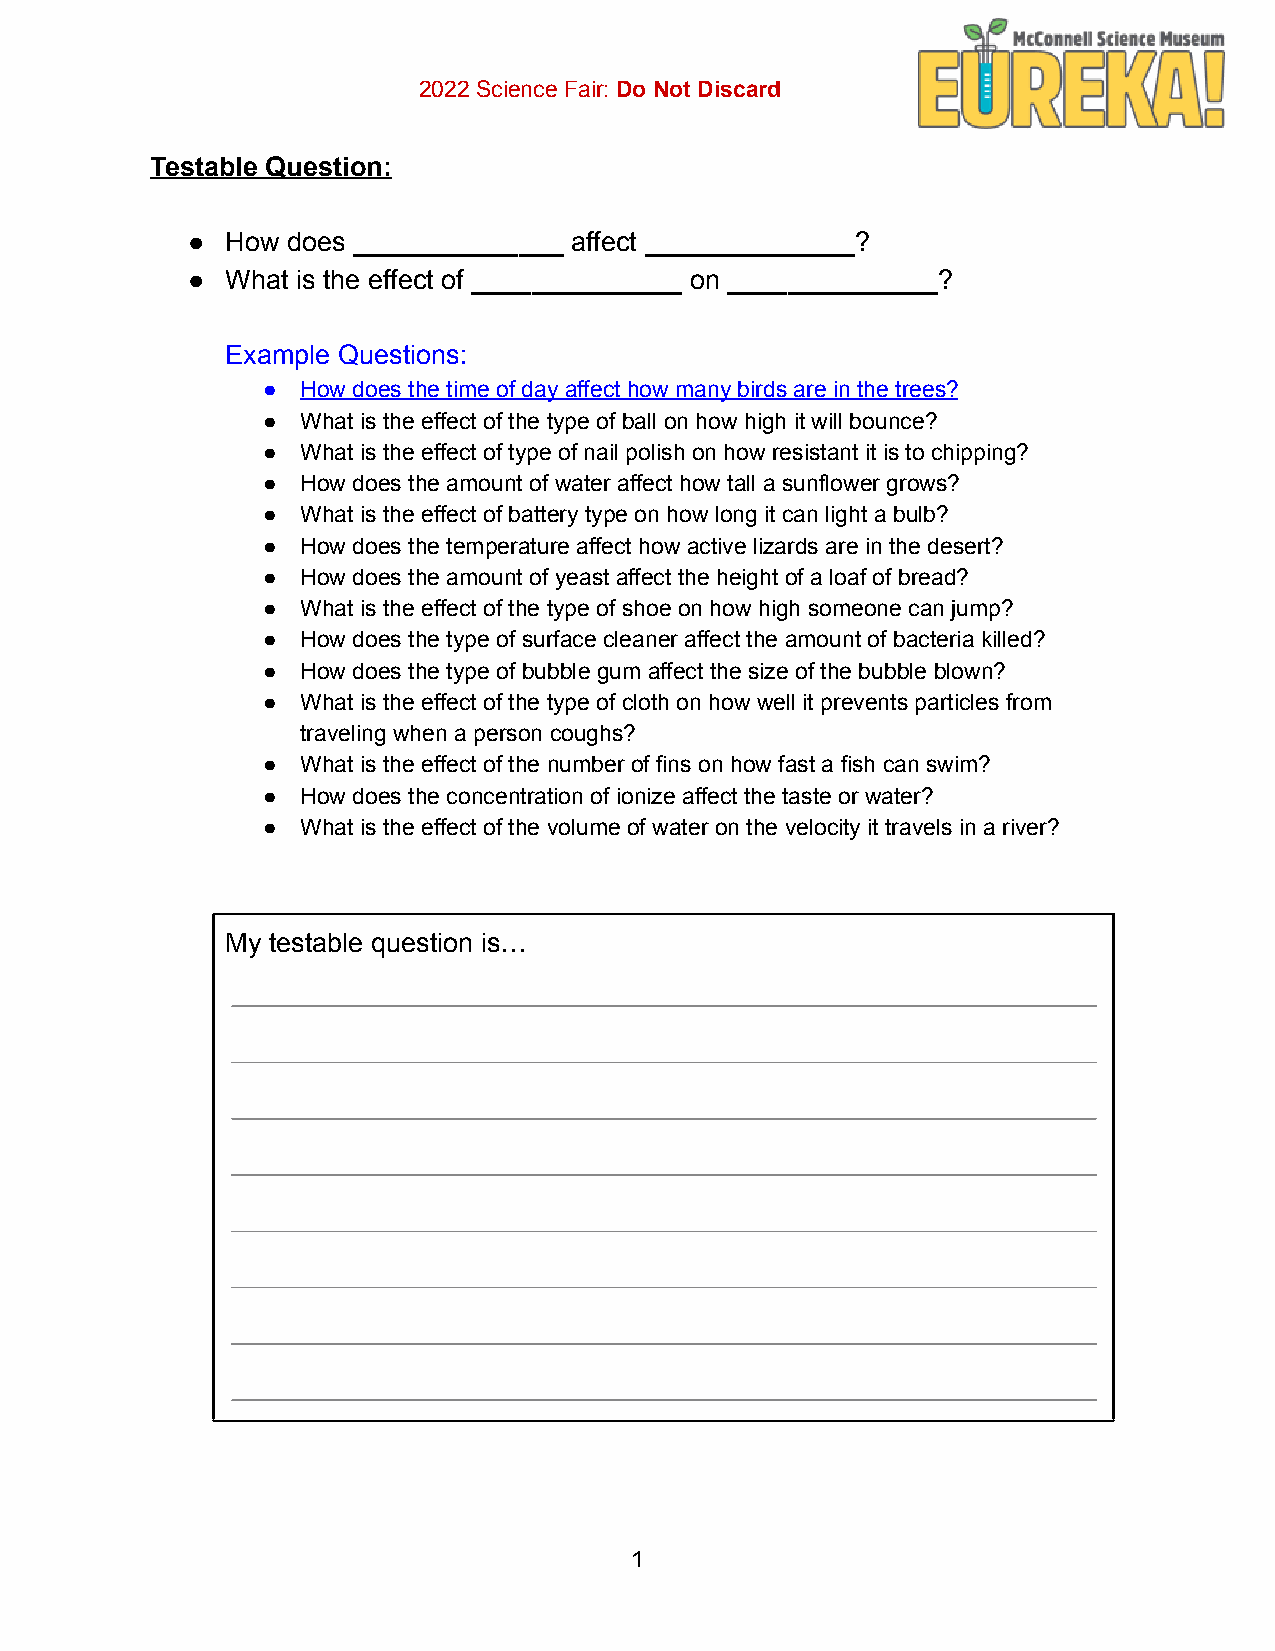
2022 Science Fair: Do Not Discard
 Testable Question:
 ●  How does ______________ affect ______________?
 ●  What is the effect of ______________ on ______________?
 Example Questions:
 ●  How does the time of day affect how many birds are in the trees?
 ●  What is the effect of the type of ball on how high it will bounce?
 ●  What is the effect of type of nail polish on how resistant it is to chipping?
 ●  How does the amount of water affect how tall a sunflower grows?
 ●  What is the effect of battery type on how long it can light a bulb?
 ●  How does the temperature affect how active lizards are in the desert?
 ●  How does the amount of yeast affect the height of a loaf of bread?
 ●  What is the effect of the type of shoe on how high someone can jump?
 ●  How does the type of surface cleaner affect the amount of bacteria killed?
 ●  How does the type of bubble gum affect the size of the bubble blown?
 ●  What is the effect of the type of cloth on how well it prevents particles from
 traveling when a person coughs?
 ●  What is the effect of the number of fins on how fast a fish can swim?
 ●  How does the concentration of ionize affect the taste or water?
 ●  What is the effect of the volume of water on the velocity it travels in a river?
 My testable question is…
 1